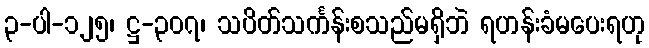
၃-ပါ-၁၂၅၊ ဋ္ဌ-၃၀၇၊ သပိတ်သင်္ကန်းစသည်မရှိဘဲ ရဟန်းခံမပေးရဟု